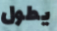
يطول